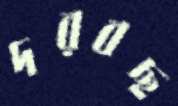
দরবছ